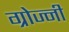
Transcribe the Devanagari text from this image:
ग्रोज्नी